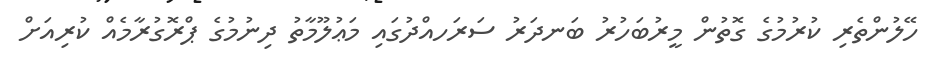
ހޭލުންތެރި ކުރުމުގެ ގޮތުން މީރުބަހުރު ބަނދަރު ސަރަހއްދުގައި މަޢުލޫމާތު ދިނުމުގެ ޕްރޮގުރާމެއް ކުރިއަށް